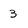
Character: 3